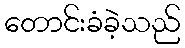
တောင်းခံခဲ့သည်